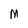
Character: M